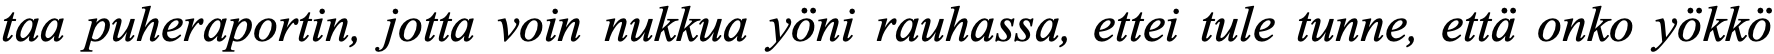
taa puheraportin, jotta voin nukkua yöni rauhassa, ettei tule tunne, että onko yökkö